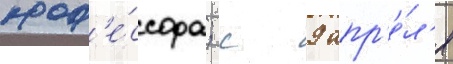
проф'е́ссора; с 9 апр'е́л'я